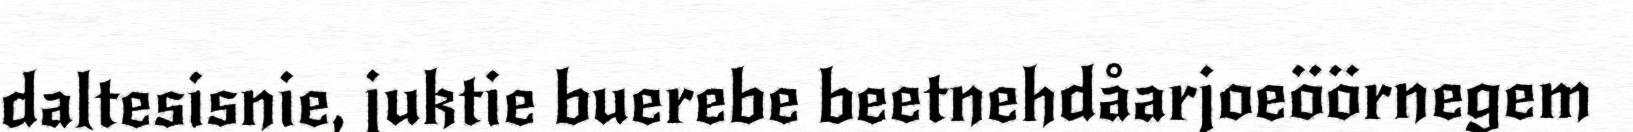
daltesisnie, juktie buerebe beetnehdåarjoeöörnegem